system: You are a helpful assistant.
user:
Analyze the provided spectrum to determine if it is a **S-type Star**.

- **Key Indicators for S-type Star:**

    - **(Overall Spectrum Shape):** The first and most obvious characteristic is the overall continuum (the "baseline" shape). It is **extremely "red-sloping,"** meaning the flux (light intensity) is very low on the left side (blue, ~4000-4500 Å) and rises steeply and continuously toward the right side (red, ~7000 Å+).

    - **(Primary):** The spectrum is defined by the presence of strong, broad molecular absorption "valleys" (bands) from **Zirconium Oxide (ZrO)**. The identification of these bands is the **primary requirement** for classifying a star as S-type.
        - **(Key Bandheads):** You must find distinct, deep "dips" where the light has been absorbed. The most critical band systems to locate are:
            - **~6474 Å** ($\gamma$-system): This is often the strongest and clearest ZrO feature, found in the red part of the spectrum.
            - **~5718 Å** & **~5551 Å** ($\beta$-system): A pair of prominent absorption features in the yellow-orange part of the spectrum.
            - **~4640 Å** ($\alpha$-system): A key absorption band system in the blue-green region of the spectrum.

    - **(Secondary Confirmation):** The classification is strengthened by finding additional absorption bands from other related heavy element oxides, which are expected to be present alongside ZrO.
        - **(Key Bandheads):**
            - **Yttrium Oxide (YO):** Look for absorption dips near **~4800 Å** and **~6100 Å**.
            - **Lanthanum Oxide (LaO):** Additional absorption features, particularly in the red-orange part of the spectrum, are also characteristic.

    - **(Line Profile):** The combination of the steep red continuum and these numerous, deep molecular bands (ZrO, YO, etc.) gives the entire spectrum a very **"chopped-up"** or **"bumpy"** appearance. Instead of a smooth curve, the spectrum looks as though large, wide chunks of light have been "carved out" of it at the specific wavelengths listed above.

Think first, call **spectral_visualization_tool** if needed to examine features in detail, then provide your final answer. Your response must adhere to the following strict rules:
1.  **Overall Structure:** Your response must follow the format `<think>...</think> <tool_call>...</tool_call> (if a tool is used) <answer>...</answer>`.
2.  **Tool Usage Constraint:** You may only make **one** tool call per turn.
3.  **Final Answer Format:** In the `<answer>` tag, your conclusion must be inside a `\boxed{}` command (e.g., `\boxed{YES}` or `\boxed{NO}`), followed by your justification.

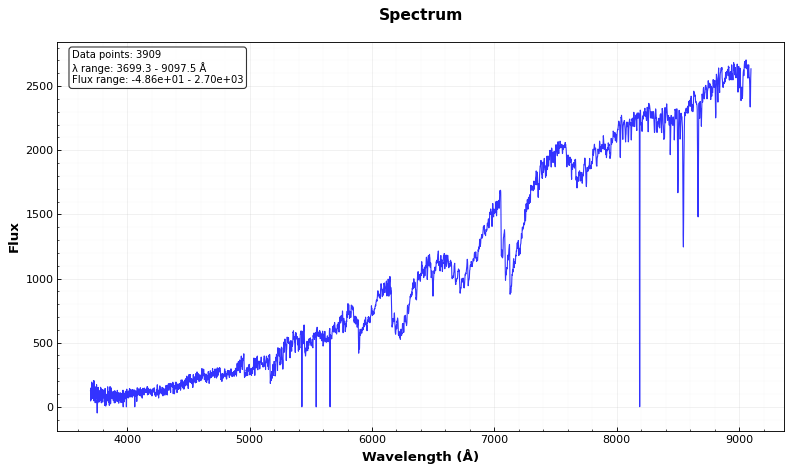
Answer: YES